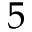
5